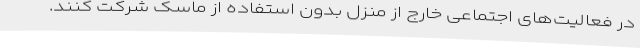
در فعالیت‌های اجتماعی خارج از منزل بدون استفاده از ماسک شرکت کنند.